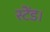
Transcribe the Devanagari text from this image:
स्टेंड।